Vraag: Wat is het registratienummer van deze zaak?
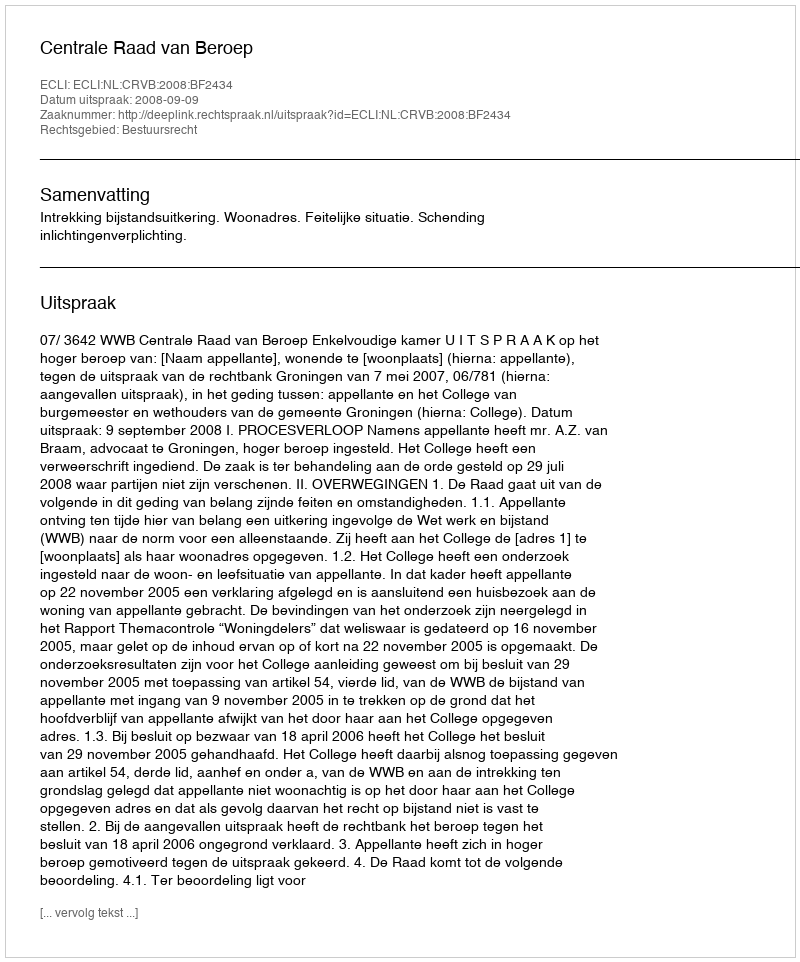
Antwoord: http://deeplink.rechtspraak.nl/uitspraak?id=ECLI:NL:CRVB:2008:BF2434